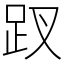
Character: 䟕